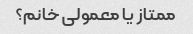
ممتاز یا معمولی خانم؟